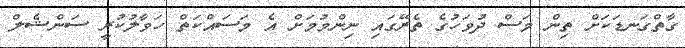
ގާތްގަނޑަކަށް ތިން މަސް ދުވަހުގެ ތެރޭގައި ނިންމުމަށް އެ މަސައްކަތް ހަވާލުކުރީ ސަންޝެލް